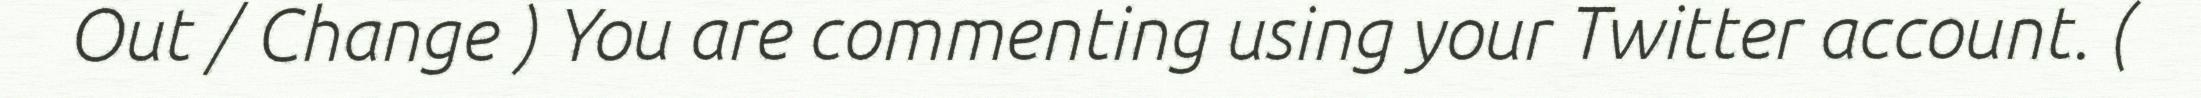
Out / Change ) You are commenting using your Twitter account. (